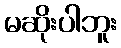
မဆိုးပါဘူး